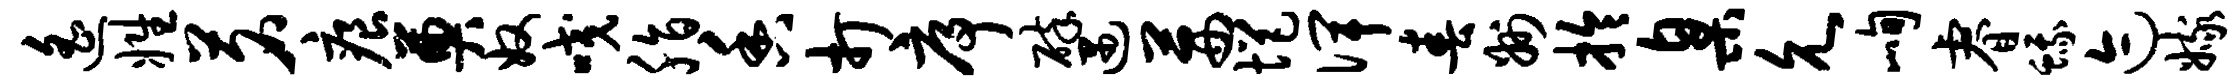
遥姓茗痕奠奴咬脂香打序碎遇茜悒俾春州拎臬允峋睿蛾迹嫁